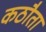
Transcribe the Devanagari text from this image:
कठौता